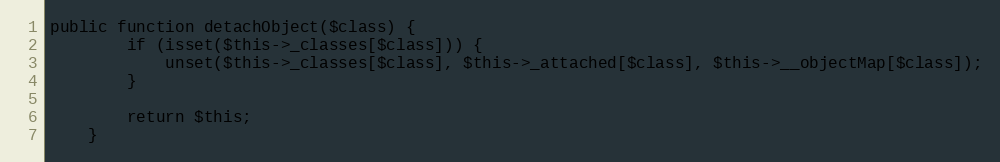
Language: PHP
public function detachObject($class) {
        if (isset($this->_classes[$class])) {
            unset($this->_classes[$class], $this->_attached[$class], $this->__objectMap[$class]);
        }

        return $this;
    }